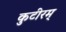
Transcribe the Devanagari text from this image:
कुटीरम्